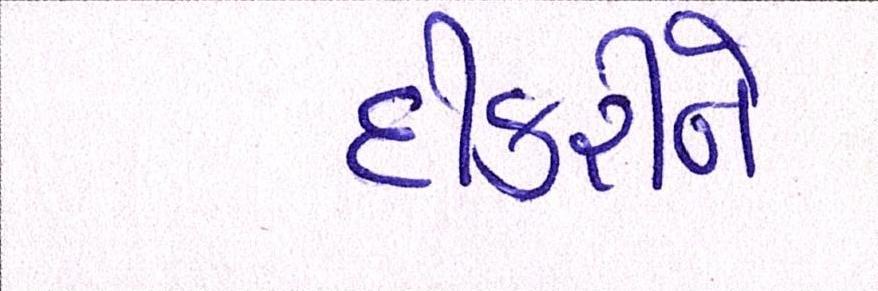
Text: દીકરીને